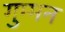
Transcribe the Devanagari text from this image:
गुम्मन